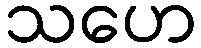
သဟေ